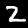
Label: 2